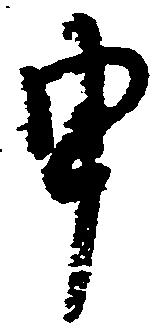
申